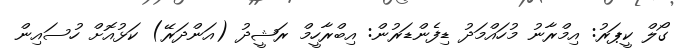
ގޯލް ކީޕަރު: އިމްރާނު މުހައްމަދު ޑިފެންޑަރުން: އިބްރާހީމް ރަޝީދު (އަންދަރޭ) ކަޅުއޮށް ހުސައިން